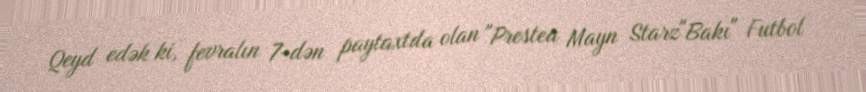
Qeyd edək ki, fevralın 7-dən paytaxtda olan "Prestea Mayn Starz"Bakı" Futbol